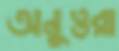
অনুত্তরা